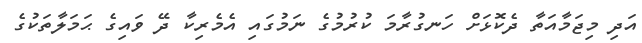
އަދި މިޖަމާއަތާ ދެކޮޅަށް ހަނގުރާމަ ކުރުމުގެ ނަމުގައި އެމެރިކާ ދޭ ވައިގެ ޙަމަލާތަކުގެ